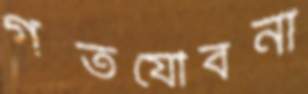
গতযৌবনা